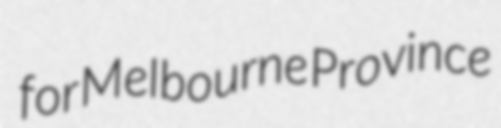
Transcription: for Melbourne Province